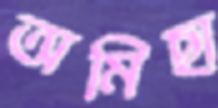
অমিছা